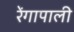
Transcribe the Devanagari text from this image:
रेंगापाली